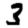
Digit: 3